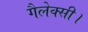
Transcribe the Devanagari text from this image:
गैलेक्सी।